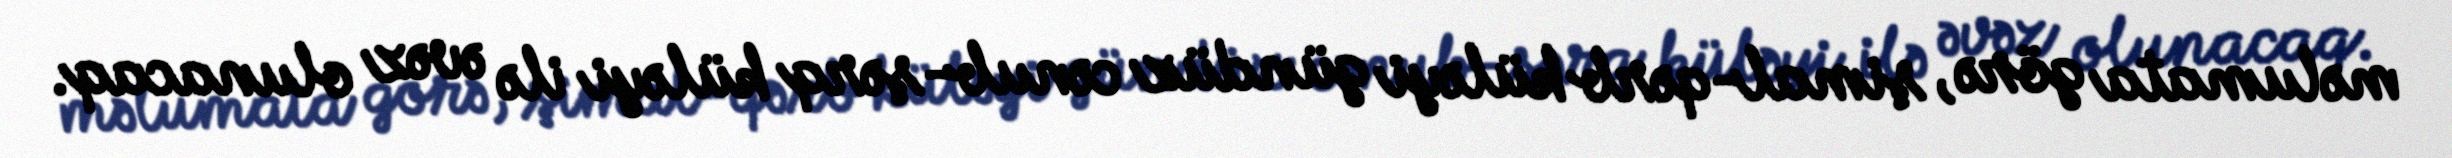
məlumata görə, şimal-qərb küləyi gündüz cənub-şərq küləyi ilə əvəz olunacaq.